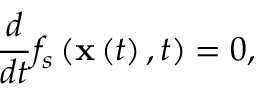
\frac { d } { d t } f _ { s } \left( \mathbf { x } \left( t \right) , t \right) = 0 ,